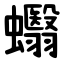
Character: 蠮